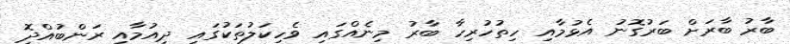
ބާރު ބާރަށް ބަރުގޮނު އެޅުމާއި ހިތުހުރިހާ ބާރު މިނެއްގައި ވެހިކަލުތަކުގައި ދިއުމާއި ރަންބުއްދިޮ